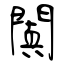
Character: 闐